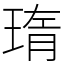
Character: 㻟